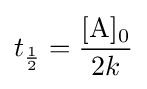
t_{\frac {1}{2}}={\frac {{\ce {[A]0}}}{2k}}